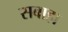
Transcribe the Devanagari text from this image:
सबाहा